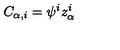
C _ { \alpha , i } = \psi ^ { i } z _ { \alpha } ^ { i }